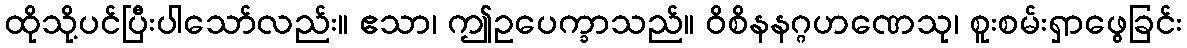
ထိုသို့ပင်ပြီးပါသော်လည်း။ ဧသာ၊ ဤဥပေက္ခာသည်။ ဝိစိနနဂ္ဂဟဏေသု၊ စူးစမ်းရှာဖွေခြင်း